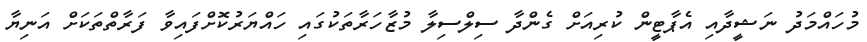
މުހައްމަދު ނަޝީދާއި އެޕާޓީން ކުރިއަށް ގެންދާ ސިލްސިލާ މުޒާހަރާތަކުގައި ހައްޔަރުކޮށްފައިވާ ފަރާތްތަކަށް އަނިޔާ